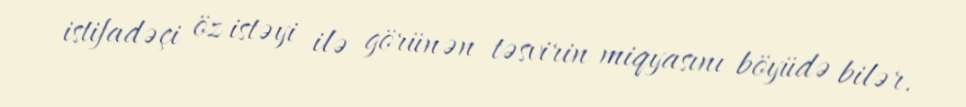
istifadəçi öz istəyi ilə görünən təsvirin miqyasını böyüdə bilər.